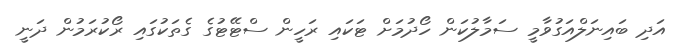
އަދި ބައިނަލްއަގުވާމީ ސަމާލުކަން ހޯދުމަށް ޓަކައި ރަހީން ސްޓޭޓުގެ ގެތަކުގައި ރޯކުރަމުން ދަނީ